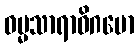
ဓမ္မသာရာဓိဂမော